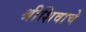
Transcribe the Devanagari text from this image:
श्रीशिवाचे